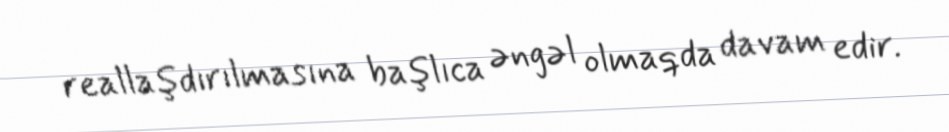
reallaşdırılmasına başlıca əngəl olmaqda davam edir.